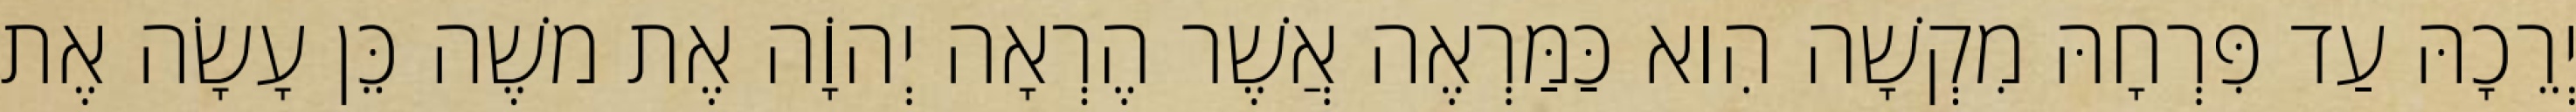
יְרֵכָהּ עַד פִּרְחָהּ מִקְשָׁה הִוא כַּמַּרְאֶה אֲשֶׁר הֶרְאָה יְהוָֹה אֶת משֶׁה כֵּן עָשָׂה אֶת